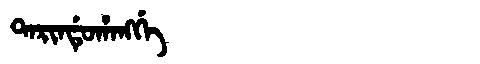
Manchu: ᡨᠠᡵᡳᠨᡩᡠᡥᠠᠩᡤᡝ
Romanization: TARINDUHANGGE